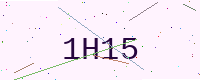
Text: 1H15